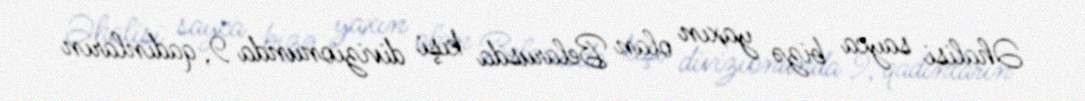
Əhalisi sayca bizə yaxın olan Belarusda kişi divizionunda 9, qadınların